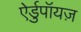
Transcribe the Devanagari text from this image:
ऐर्डुपॉयज़